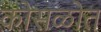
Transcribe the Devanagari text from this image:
कोसळोत